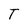
Character: T